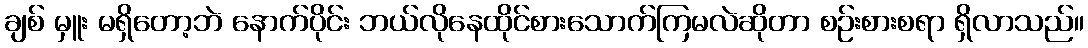
ချစ် မှူး မရှိတော့ဘဲ နောက်ပိုင်း ဘယ်လိုနေထိုင်စားသောက်ကြမလဲဆိုတာ စဉ်းစားစရာ ရှိလာသည်။